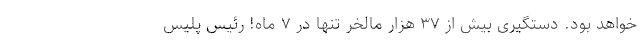
خواهد بود. دستگیری بیش از ۳۷ هزار مالخر تنها در ۷ ماه! رئیس پلیس